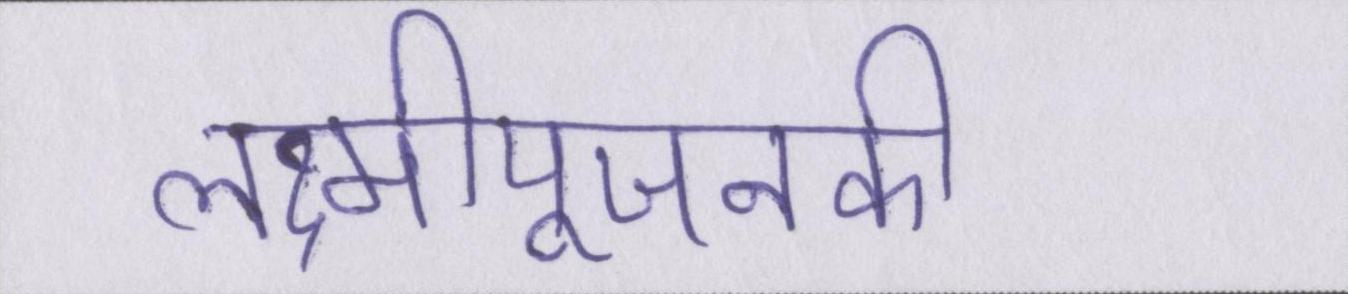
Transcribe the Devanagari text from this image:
लक्ष्मीपूजनकी